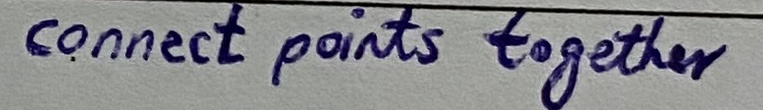
Text: connect points together